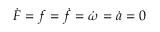
\dot { F } = f = \dot { f } = \dot { \omega } = \dot { a } = 0